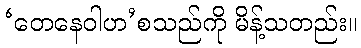
‘တေနေဝါဟ’စသည်ကို မိန့်သတည်း။